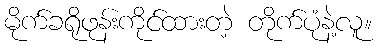
မိုက်ခရိုဖုန်းကိုင်ထားတဲ့ တိုက်ပုံနဲ့လူ။